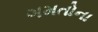
ગમતોના